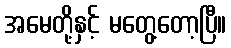
အမေတို့နှင့် မတွေ့တော့ပြီ။